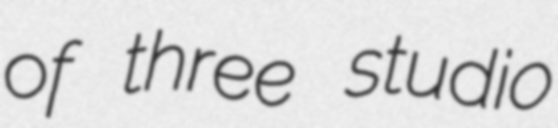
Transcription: of three studio